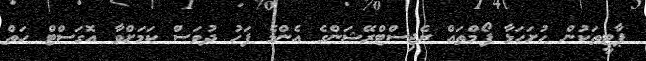
ޕާޓީތަކުން ހުށަހަޅާ ފޯމްތައް ރެޖިސްޓްރޭޝަންގެ އެންމެ ފަހު ދުވަސް ކަމަށްވާ އޮގަސްޓް ހަތް